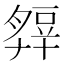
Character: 𧯭